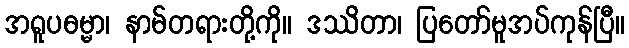
အရူပဓမ္မာ၊ နာမ်တရားတို့ကို။ ဒဿိတာ၊ ပြတော်မူအပ်ကုန်ပြီ။